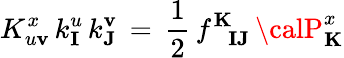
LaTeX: K_{u\mathbf{v}}^{x}\, k_{\mathbf{{I}}}^{u}\, k_{\mathbf{{J}}}^{\mathbf{v}}\, =\, {\frac{{1}}{{2}}}\, f_{\phantom{\mathbf{{K}}}\mathbf{{I}}\mathbf{{J}}}^{\mathbf{{K}}}\, {\calP}_{\mathbf{{K}}}^{x}